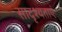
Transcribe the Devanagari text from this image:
सादृश्यताएं